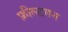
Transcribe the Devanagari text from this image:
फ़ील्डगन